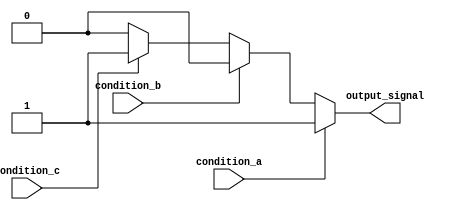
module if_else_ladder_block (
    input wire condition_a,
    input wire condition_b,
    input wire condition_c,
    output reg output_signal
);

always @* begin
    if (condition_a)
        output_signal = 1;
    else if (condition_b)
        output_signal = 2;
    else if (condition_c)
        output_signal = 3;
    else
        output_signal = 0;
end

endmodule